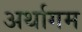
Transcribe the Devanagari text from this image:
अर्थागम